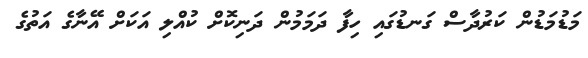
މަޑުމަޑުން ކަރުދާސް ގަނޑުގައި ހިފާ ދަމަމުން ދަނިކޮށް ކުއްލި އަކަށް އޭނާގެ އަތުގެ